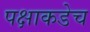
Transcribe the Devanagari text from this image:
पक्षाकडेच